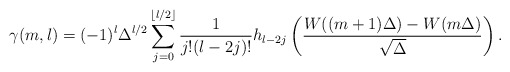
\begin{align*}\gamma (m,l)=(-1)^{l}\Delta^{l/2}\sum_{j=0}^{\lfloor l/2\rfloor }\frac{1}{j!(l-2j)!}h_{l-2j}\left( \frac{W((m+1)\Delta )-W(m\Delta )}{\sqrt{\Delta}}\right). \end{align*}